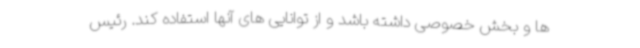
ها و بخش خصوصی داشته باشد و از توانایی های آنها استفاده کند. رئیس